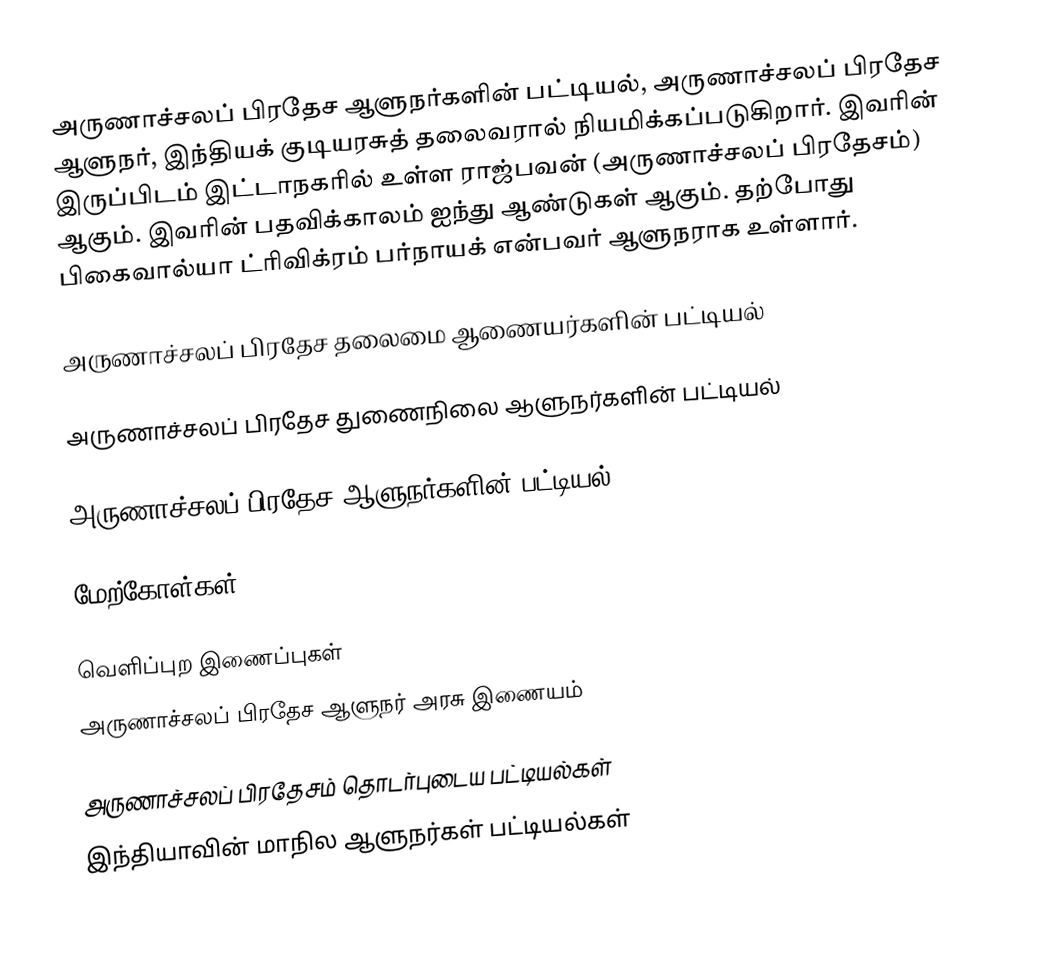
அருணாச்சலப் பிரதேச ஆளுநர்களின் பட்டியல், அருணாச்சலப் பிரதேச ஆளுநர், இந்தியக் குடியரசுத் தலைவரால் நியமிக்கப்படுகிறார். இவரின் இருப்பிடம் இட்டாநகரில் உள்ள ராஜ்பவன் (அருணாச்சலப் பிரதேசம்) ஆகும். இவரின் பதவிக்காலம் ஐந்து ஆண்டுகள் ஆகும். தற்போது பிகைவால்யா ட்ரிவிக்ரம் பர்நாயக் என்பவர் ஆளுநராக உள்ளார்.

அருணாச்சலப் பிரதேச தலைமை ஆணையர்களின் பட்டியல்

அருணாச்சலப் பிரதேச துணைநிலை ஆளுநர்களின் பட்டியல்

அருணாச்சலப் பிரதேச ஆளுநர்களின் பட்டியல்

மேற்கோள்கள்

வெளிப்புற இணைப்புகள்
 அருணாச்சலப் பிரதேச ஆளுநர் அரசு இணையம்

அருணாச்சலப் பிரதேசம் தொடர்புடைய பட்டியல்கள்
இந்தியாவின் மாநில ஆளுநர்கள் பட்டியல்கள்